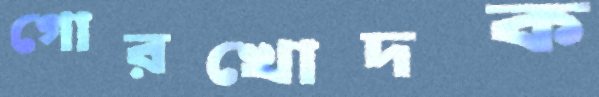
গোরখোদক